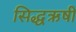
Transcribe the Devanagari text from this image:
सिद्धऋषी